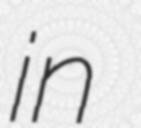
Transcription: in